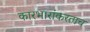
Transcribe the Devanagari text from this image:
कारभारांकरताच